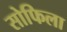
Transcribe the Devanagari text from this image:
सोफिला